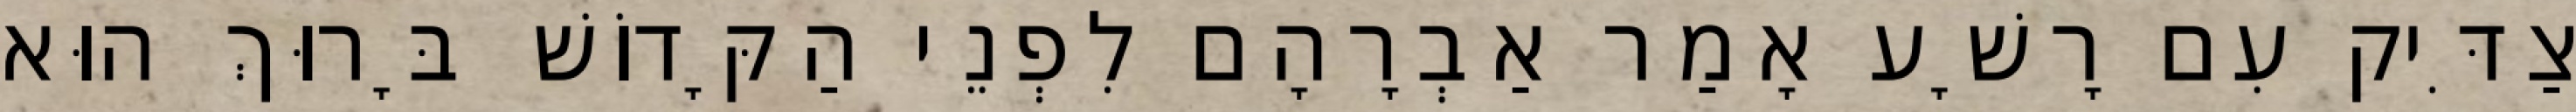
צַדִּיק עִם רָשָׁע אָמַר אַבְרָהָם לִפְנֵי הַקָּדוֹשׁ בָּרוּךְ הוּא